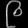
Digit: ၉